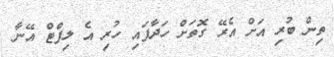
ތިން ބުރި އަށް އެރޭ ގޮތަށް ހަދާފައި ހުރި އެ ލިފްޓް އޭނާ